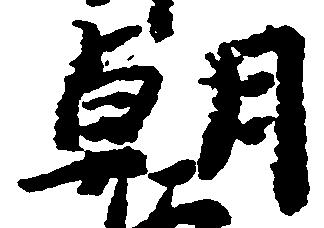
朝